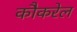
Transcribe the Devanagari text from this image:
कौकरेल